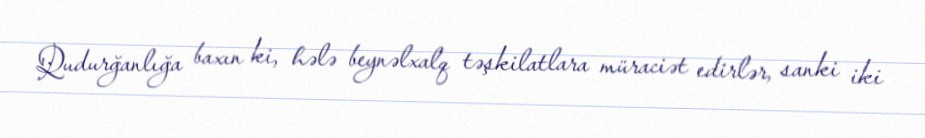
Qudurğanlığa baxın ki, hələ beynəlxalq təşkilatlara müraciət edirlər, sanki iki